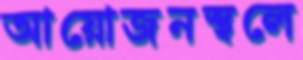
আয়োজনস্থলে